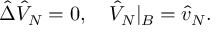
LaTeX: \hat { \Delta } { \hat { V } _ { N } } = 0 , \quad { \hat { V } _ { N } } { | _ { B } } = { \hat { v } _ { N } } .